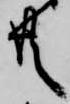
共